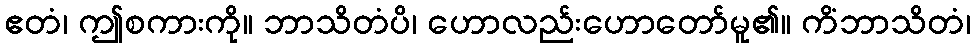
ဧတံ၊ ဤစကားကို။ ဘာသိတံပိ၊ ဟောလည်းဟောတော်မူ၏။ ကိံဘာသိတံ၊